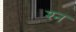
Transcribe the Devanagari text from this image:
श्‍न